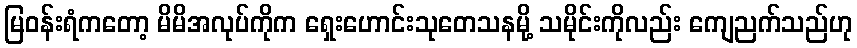
မြဝန်းရံကတော့ မိမိအလုပ်ကိုက ရှေးဟောင်းသုတေသနမို့ သမိုင်းကိုလည်း ကျေညက်သည်ဟု